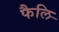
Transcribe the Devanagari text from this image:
फैलि